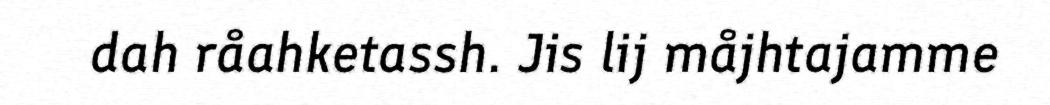
dah råahketassh. Jis lij måjhtajamme